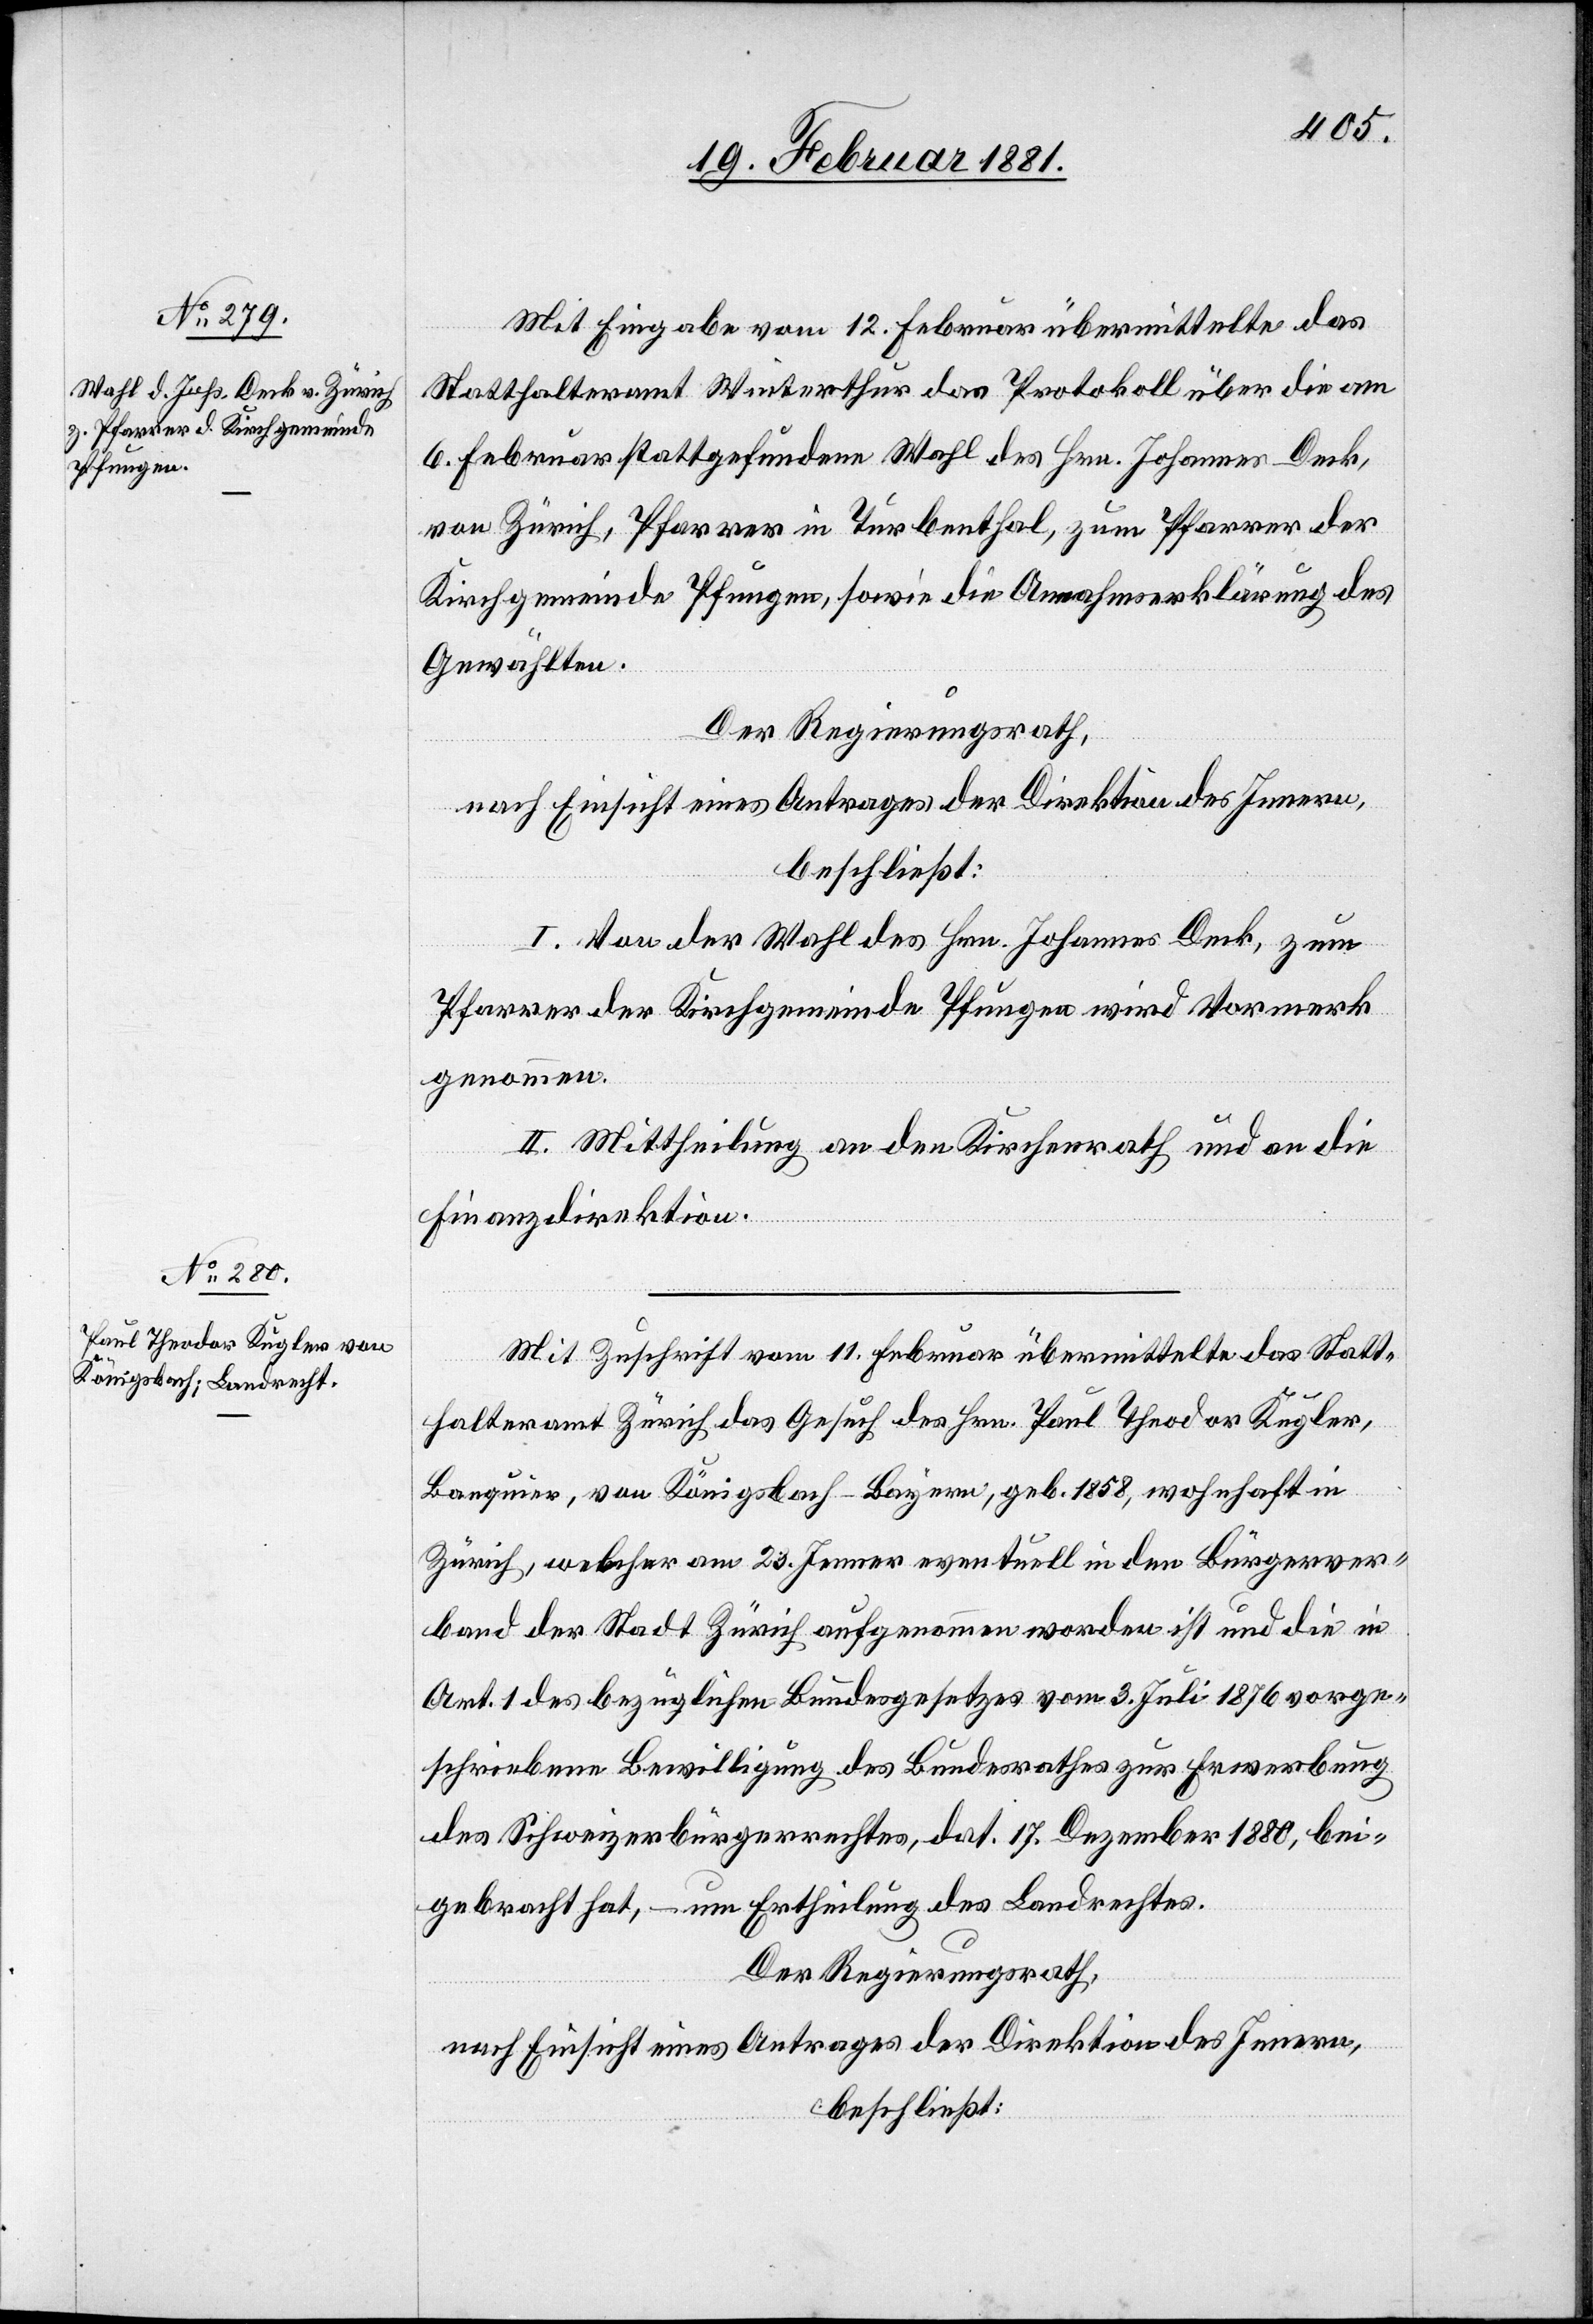
Mit Eingabe vom 12. Februar übermittelte das
Statthalteramt Winterthur das Protokoll über die am
6. Februar stattgefundene Wahl des Hrn. Johannes Deck,
von Zürich, Pfarrer in Turbenthal, zum Pfarrer der
Kirchgemeinde Pfungen, sowie Annahmserklärung des
Gewählten.
Der Regierungsrath,
nach Einsicht eines Antrages der Direktion des Innern,
beschließt:
I. Von der Wahl des Hrn. Johannes Deck, zum
Pfarrer der Kirchgemeinde Pfungen wird Vormerk
genommen.
II. Mittheilung an den Kirchenrath und an die
Finanzdirektion.
Mit Zuschrift vom 11. Februar übermittelte das Statt¬
halteramt Zürich das Gesuch des Hrn. Paul Theodor Kugler,
Banquier, von Königsbach - Bayern, geb. 1858, wohnhaft in
Zürich, welcher am 23. Jenner eventuell in den Bürgerver¬
band der Stadt Zürich aufgenommen worden ist und die in
Art. 1 des bezüglichen Bundesgesetzes vom 3. Juli 1876 vorge¬
schriebene Bewilligung des Bundesrathes zur Erwerbung
des Schweizerbürgerrechtes, dat. 17. Dezember 1880, bei¬
gebracht hat, – um Ertheilung des Landrechtes.
Der Regierungsrath,
nach Einsicht eines Antrages der Direktion des Innern,
beschließt: